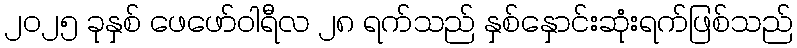
၂၀၂၅ ခုနှစ် ဖေဖော်ဝါရီလ ၂၈ ရက်သည် နှစ်နှောင်းဆုံးရက်ဖြစ်သည်